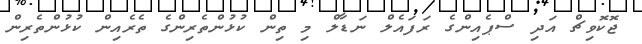
ޖޮކޮވިޗް އަދި ސްޕެއިންގެ ރަފައެލް ނަޑާލް މި ތިން ކުޅުންތެރިންގެ ތެރެއިން ކުޅުންތެރިން